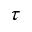
\tau